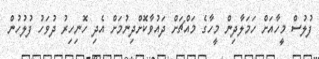
ފުލުސް މީހާއަށް ހަމަލާދިން މީހާގެ މައްޗަށް ދައުވާކޮށްދިނުމަށް އެދި ހޮނިހިރު ދުވަހު ފުލުހުން